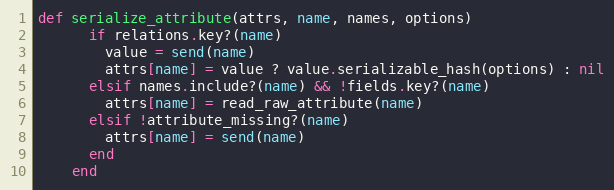
Language: Ruby
def serialize_attribute(attrs, name, names, options)
      if relations.key?(name)
        value = send(name)
        attrs[name] = value ? value.serializable_hash(options) : nil
      elsif names.include?(name) && !fields.key?(name)
        attrs[name] = read_raw_attribute(name)
      elsif !attribute_missing?(name)
        attrs[name] = send(name)
      end
    end